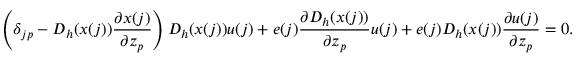
\left( \delta _ { j p } - D _ { h } ( x ( j ) ) \frac { \partial x ( j ) } { \partial z _ { p } } \right) D _ { h } ( x ( j ) ) u ( j ) + e ( j ) \frac { \partial D _ { h } ( x ( j ) ) } { \partial z _ { p } } u ( j ) + e ( j ) D _ { h } ( x ( j ) ) \frac { \partial u ( j ) } { \partial z _ { p } } = 0 .